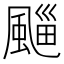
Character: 𩗮